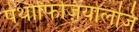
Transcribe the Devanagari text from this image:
पेथोफिज़ियोलजि